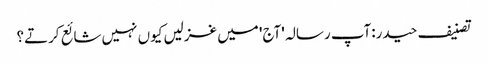
تصنیف حیدر:آپ رسالہ 'آج' میں غزلیں کیوں نہیں شائع کرتے؟